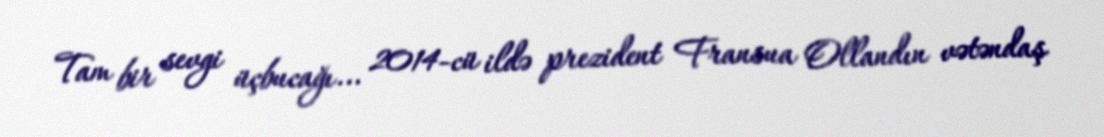
Tam bir sevgi üçbucağı... 2014-cü ildə prezident Fransua Ollandın vətəndaş